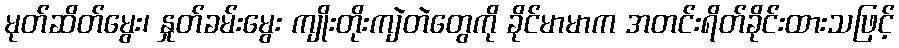
မုတ်ဆိတ်မွေး၊ နှုတ်ခမ်းမွေး ကျိုးတိုးကျဲတဲတွေကို ခိုင်မာမာက အတင်းရိတ်ခိုင်းထားသဖြင့်